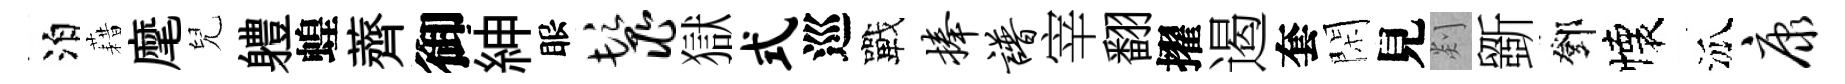
泊藉麾兒軆蝗薺御紳眼鬣獄式巡戰捧谱宰翻擢遏套閑見剡斵鄧懐泒康